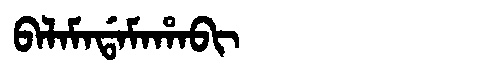
Manchu: ᠪᠠᠯᠠᠮᠠᡩᠠᠮᠠᡥᠠᠪᡳ
Romanization: BALAMADAMAHABI